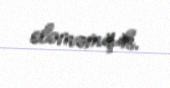
eləməmişik.